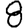
Digit: 8